画像に写った文字を読んでください
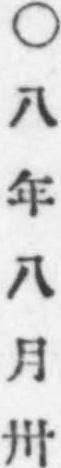
「○八年八月卅」と書いてあります